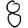
Digit: 8